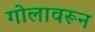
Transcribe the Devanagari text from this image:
गोलावरून